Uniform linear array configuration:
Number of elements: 32
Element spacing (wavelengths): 0.25
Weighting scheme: uniform
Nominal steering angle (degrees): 45
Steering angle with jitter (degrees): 44.377
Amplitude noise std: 0.05
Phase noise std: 0.05

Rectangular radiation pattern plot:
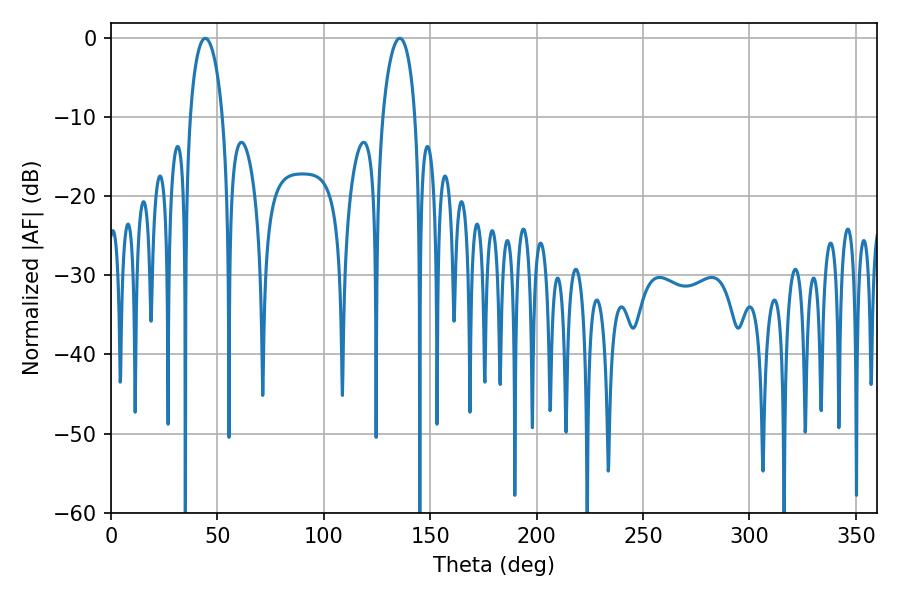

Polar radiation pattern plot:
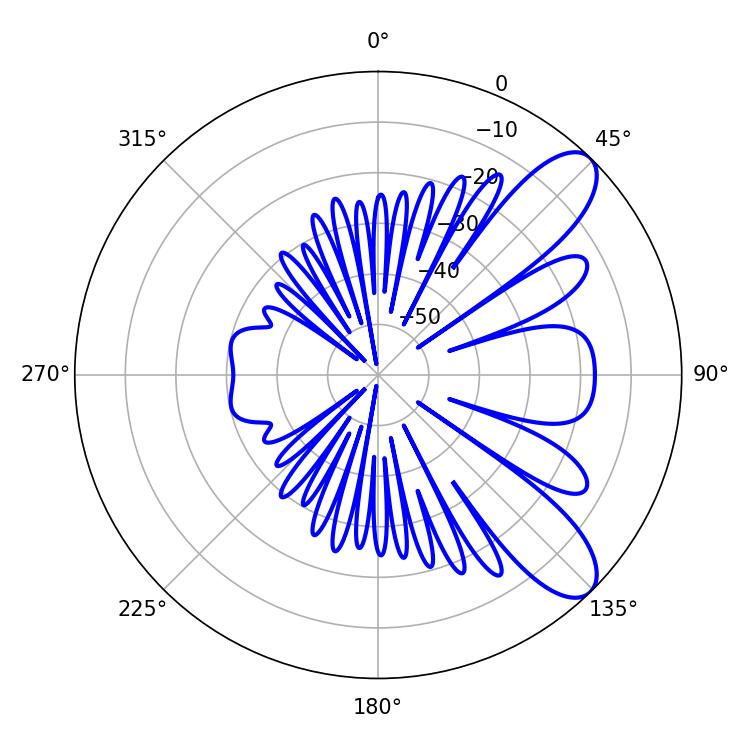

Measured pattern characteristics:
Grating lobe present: FALSE
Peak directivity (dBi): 9.104
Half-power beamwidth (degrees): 8.64
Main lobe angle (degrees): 44.28